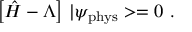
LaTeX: \left[ \hat { H } - \Lambda \right] \, | \psi _ { \mathrm { p h y s } } > = 0 \ .